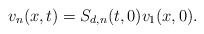
\begin{align*} v_n(x,t)&=S_{d,n}(t,0)v_1(x,0).\end{align*}